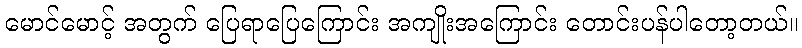
မောင်မောင့် အတွက် ပြေရာပြေကြောင်း အကျိုးအကြောင်း တောင်းပန်ပါတော့တယ်။